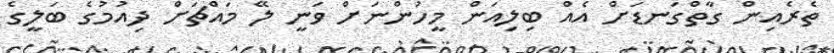
ތެރެއިން ގާތްގަނޑަށް އެއް ބިލިއަން މީހުންނަށް ވަނީ ލޭ މައްޗަށް ދިއުމުގެ ބަލީގެ